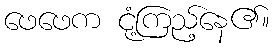
ဖေဖေက ငုံ့ကြည့်နေ၏။